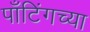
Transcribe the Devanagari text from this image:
पाँटिंगच्या